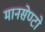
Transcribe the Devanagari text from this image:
मानसेण्टो